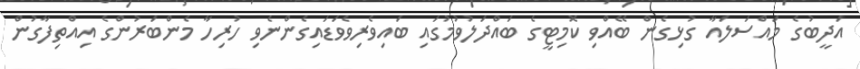
އަދީބުގެ މައްސަލައާ ގުޅިގެން ބޭއްވި ކޮމިޓީގެ ބައްދަލުވުމުގައި ބައިވެރިވެވަޑައިގެންނެވި ހުރިހާ މެންބަރުންގެ އިއްތިފާގުން